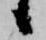
候